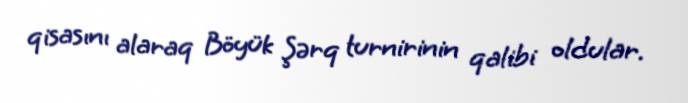
qisasını alaraq Böyük Şərq turnirinin qalibi oldular.